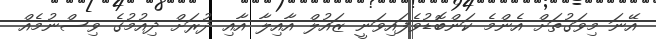
އޭނަ މިވަގުތަށް އެންމެ ކަންބޮޑުވެފައިވަނީ ޒައުލް އާއިލާ އާއި ދުރަށް ދިއުމުގެ ވިސްނުމެއް